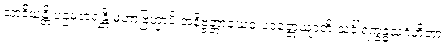
သာဒိယန္တိ ပဌမတရန္တိ မဟာဗြဟ္မာပိ အနိဗ္ဗတ္တာယေဝ ပဝတ္တေယျာတိ သင်္ခါရက္ခန္ဓသင်္ဂဟိတာ